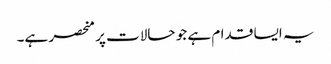
یہ ایسا قدام ہے جو حالات پر منحصر ہے۔